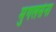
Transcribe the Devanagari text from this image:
मुगलसेना